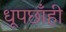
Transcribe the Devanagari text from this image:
धूपछाँही